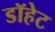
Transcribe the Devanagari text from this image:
डॉहेट